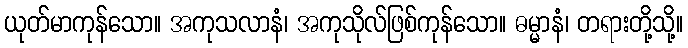
ယုတ်မာကုန်သော။ အကုသလာနံ၊ အကုသိုလ်ဖြစ်ကုန်သော။ ဓမ္မာနံ၊ တရားတို့သို့။